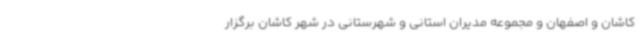
کاشان و اصفهان و مجموعه مدیران استانی و شهرستانی در شهر کاشان برگزار